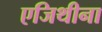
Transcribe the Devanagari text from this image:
एजिथीना